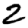
Digit: 2